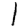
Digit: 1